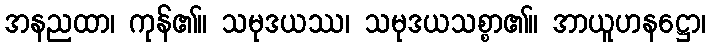
အနညထာ၊ ကုန်၏။ သမုဒယဿ၊ သမုဒယသစ္စာ၏။ အာယူဟနဋ္ဌော၊